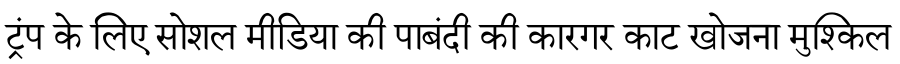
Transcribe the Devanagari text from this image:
ट्रंप के लिए सोशल मीडिया की पाबंदी की कारगर काट खोजना मुश्किल